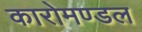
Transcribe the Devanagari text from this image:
कारोमण्डल